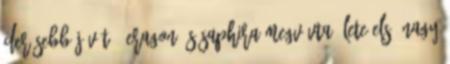
derűsebb jövőt." Eragon és Saphira megvívta élete első nagy